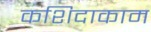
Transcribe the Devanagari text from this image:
कशिदाकाम